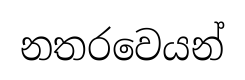
නතරවෙයන්